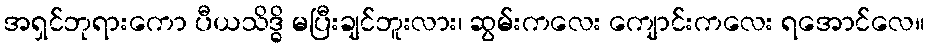
အရှင်ဘုရားကော ပီယသိဒ္ဓိ မပြီးချင်ဘူးလား၊ ဆွမ်းကလေး ကျောင်းကလေး ရအောင်လေ။